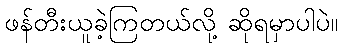
ဖန်တီးယူခဲ့ကြတယ်လို့ ဆိုရမှာပါပဲ။